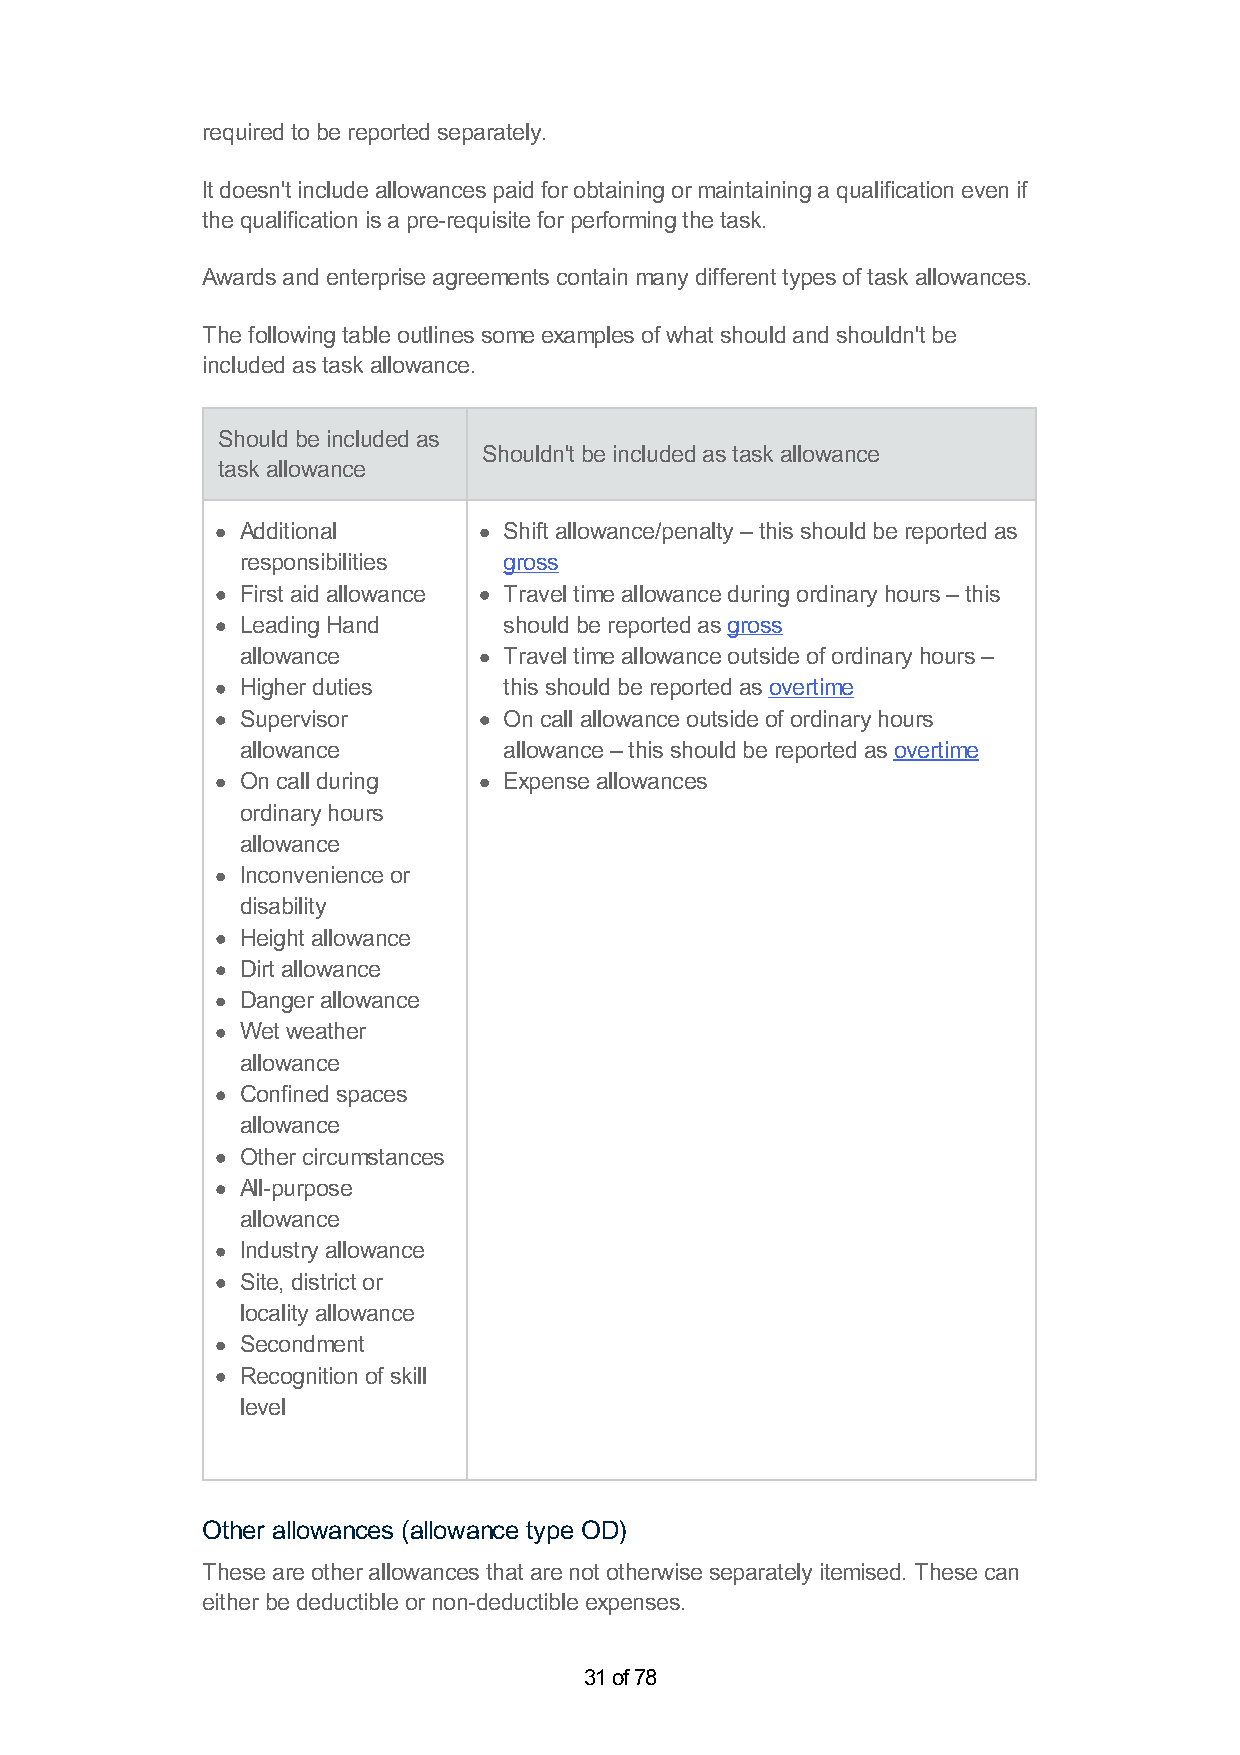
required to be reported separately.
 It doesn't include allowances paid for obtaining or maintaining a qualification even if
 the qualification is a pre-requisite for performing the task.
 Awards and enterprise agreements contain many different types of task allowances.
 The following table outlines some examples of what should and shouldn't be
 included as task allowance.
 Should be included as
 Shouldn't be included as task allowance
 task allowance
 Additional       Shift allowance/penalty – this should be reported as
 responsibilities gross
 First aid allowance Travel time allowance during ordinary hours – this
 Leading Hand     should be reported as gross
 allowance        Travel time allowance outside of ordinary hours –
 Higher duties    this should be reported as overtime
 Supervisor       On call allowance outside of ordinary hours
 allowance        allowance – this should be reported as overtime
 On call during   Expense allowances
 ordinary hours
 allowance
 Inconvenience or
 disability
 Height allowance
 Dirt allowance
 Danger allowance
 Wet weather
 allowance
 Confined spaces
 allowance
 Other circumstances
 All-purpose
 allowance
 Industry allowance
 Site, district or
 locality allowance
 Secondment
 Recognition of skill
 level
 Other allowances (allowance type OD)
 These are other allowances that are not otherwise separately itemised. These can
 either be deductible or non-deductible expenses.
 31 of 78